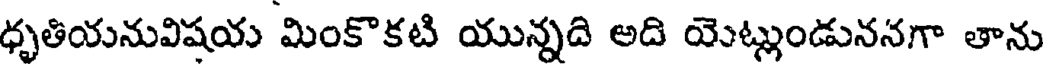
ధృతియనువిషయ మింకొకటి యున్నది అది యెట్లుండుననగా తాను